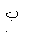
Letter: _ba